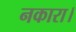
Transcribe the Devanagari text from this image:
नकारा।